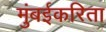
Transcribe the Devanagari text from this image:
मुंबईकरिता